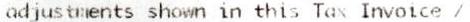
ADJUSTMENTS SHOWN IN THIS TAX INVOICE /